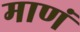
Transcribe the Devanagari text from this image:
माणं